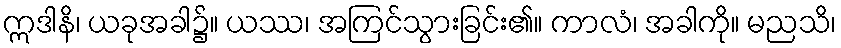
ဣဒါနိ၊ ယခုအခါ၌။ ယဿ၊ အကြင်သွားခြင်း၏။ ကာလံ၊ အခါကို။ မညသိ၊